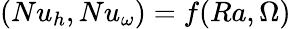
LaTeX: (Nu_{h},Nu_{\omega})=f(Ra,\Omega)